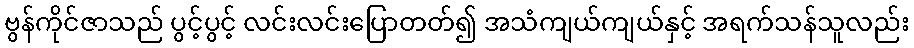
ဗွန်ကိုင်ဇာသည် ပွင့်ပွင့် လင်းလင်းပြောတတ်၍ အသံကျယ်ကျယ်နှင့် အရက်သန်သူလည်း